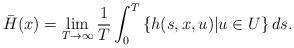
LaTeX: \begin{align*}\bar{H}(x)=\lim_{T\rightarrow\infty}\frac{1}{T}\int_{0}^{T}\left\{ h(s,x,u)|u\in U\right\} ds.\end{align*}